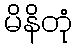
မိနိတုံ